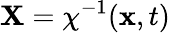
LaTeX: \mathbf{X}=\chi^{-1}(\mathbf{x},t)